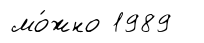
мо́жно 1989